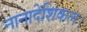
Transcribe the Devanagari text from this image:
नानादेशिकल।